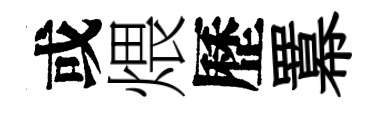
或煨歷羃